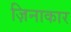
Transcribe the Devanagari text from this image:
ज़िनाकार